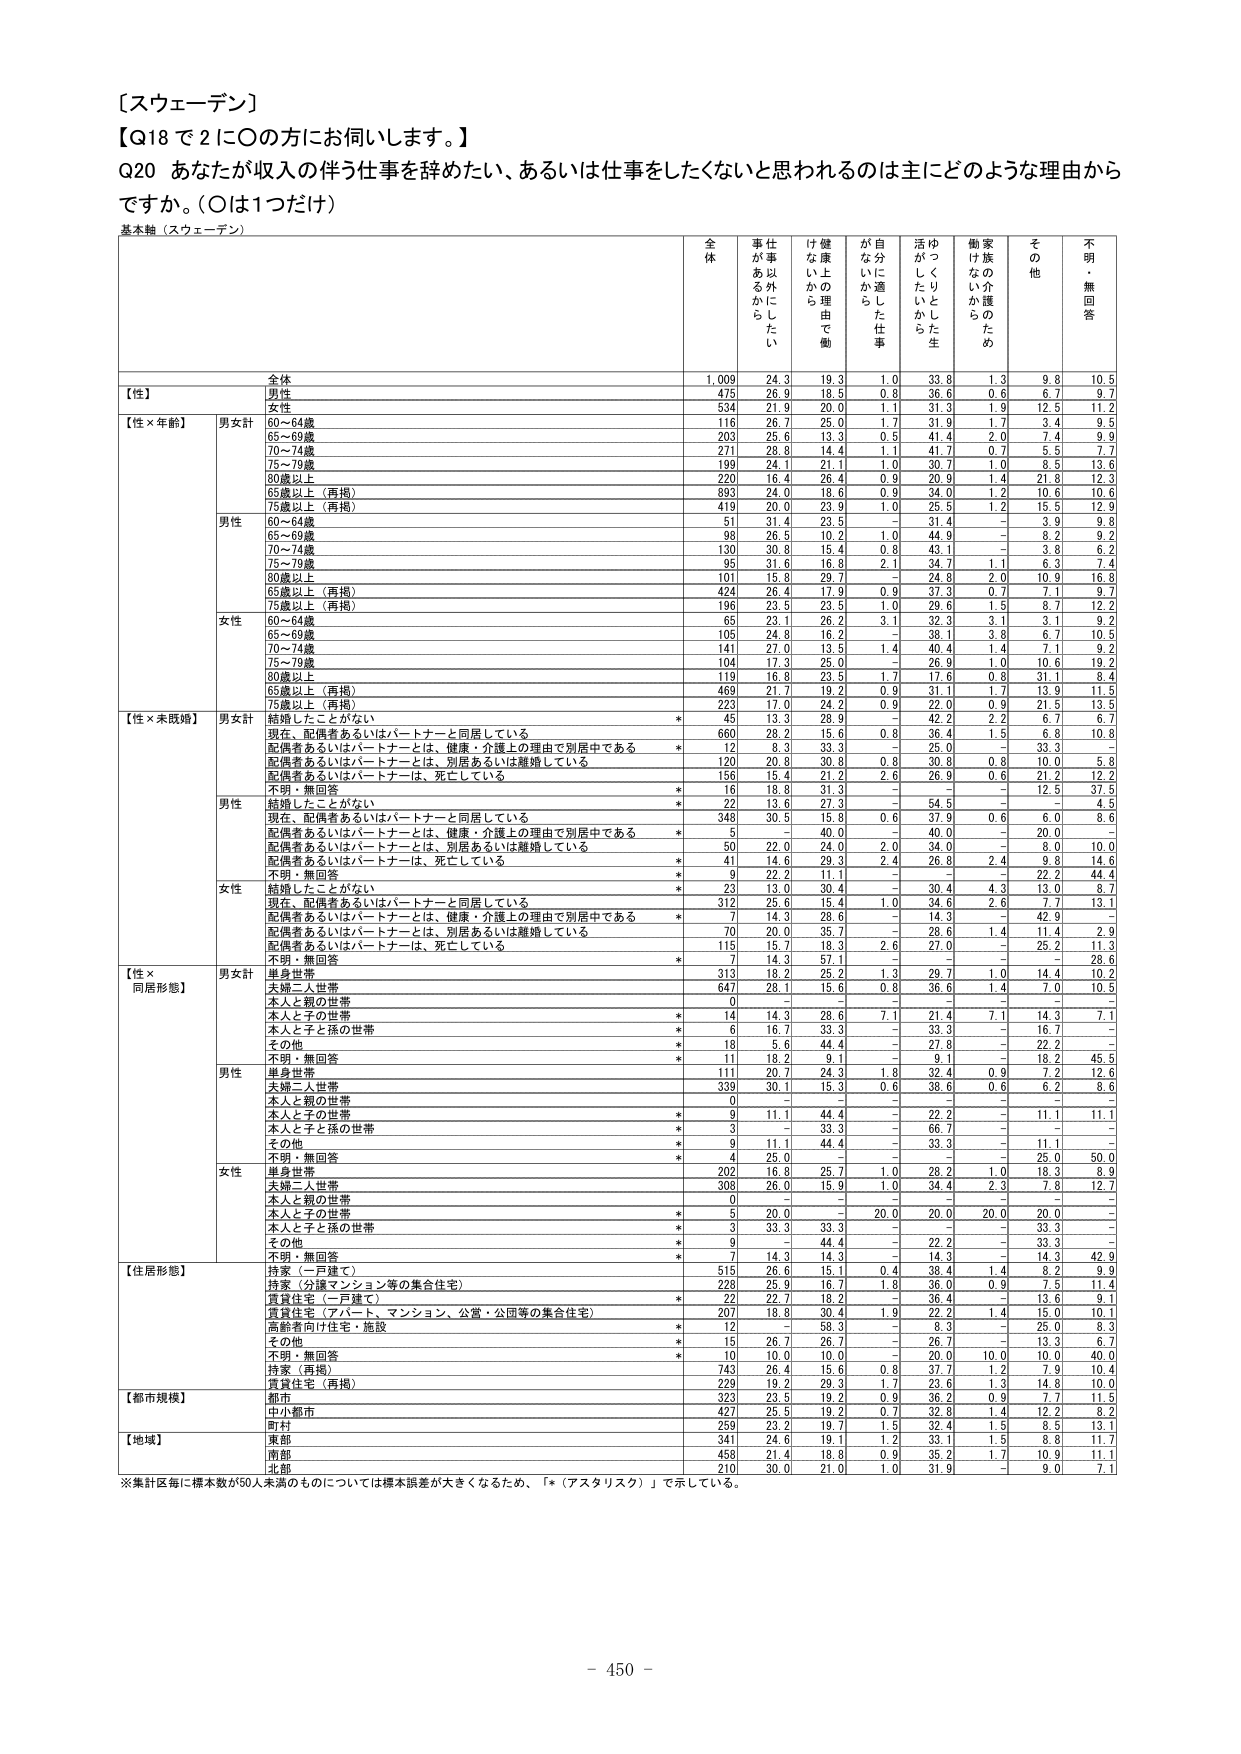
〔スウェーデン〕
【Q18 で 2 に〇の方にお伺いします。】
Q20 あなたが収入の伴う仕事を辞めたい、あるいは仕事をしたくないと思われるのは主にどのような理由からですか。（〇は1つだけ）
基本軸（スウェーデン）

全体 仕事以外にしたい け健康上の理由で働 自分に適した仕事 活動がしたいから ゆっくりとしたい生 働家族の介護のため その他 不明・無回答
全体 1,009 24.3 19.3 1.0 33.8 1.3 9.8 10.5
【性】
男性 475 26.9 18.5 0.8 36.6 0.6 6.7 9.7
女性 534 21.9 20.0 1.1 31.3 1.9 12.5 11.2
【性×年齢】
男女計
60～64歳 116 26.7 25.0 1.7 31.9 1.7 3.4 9.5
65～69歳 203 25.6 13.3 0.5 41.4 2.0 7.4 9.9
70～74歳 271 28.8 14.4 1.1 41.7 0.7 5.5 7.7
75～79歳 199 24.1 21.1 1.0 30.7 1.0 8.5 13.6
80歳以上 220 16.4 26.4 0.9 20.9 1.4 21.8 12.3
65歳以上（再掲） 893 24.0 18.6 0.9 34.0 1.2 10.6 10.6
75歳以上（再掲） 419 20.0 23.9 1.0 25.5 1.2 15.5 12.9
男性
60～64歳 51 31.4 23.5 - 31.4 - 3.9 9.8
65～69歳 98 26.5 10.2 1.0 44.9 - 8.2 9.2
70～74歳 130 30.8 15.4 0.8 43.1 - 3.8 6.2
75～79歳 95 31.6 16.8 2.1 34.7 1.1 6.3 7.4
80歳以上 101 15.8 29.7 - 24.8 2.0 10.9 16.8
65歳以上（再掲） 424 26.4 17.9 0.9 37.3 0.7 7.1 9.7
75歳以上（再掲） 196 23.5 23.5 1.0 29.6 1.5 6.8 12.2
女性
60～64歳 65 23.1 26.2 3.1 32.3 3.1 3.1 9.2
65～69歳 105 24.8 16.2 - 38.1 3.8 6.7 10.5
70～74歳 141 27.0 13.5 1.4 40.4 1.4 7.1 9.2
75～79歳 104 17.3 25.0 - 26.9 1.0 10.6 19.2
80歳以上 119 16.8 23.5 1.7 17.6 0.8 31.1 8.4
65歳以上（再掲） 469 21.7 19.2 0.9 31.1 1.7 13.9 11.5
75歳以上（再掲） 223 17.0 24.2 0.9 22.0 0.9 21.5 13.5
【性×未既婚】
男女計
結婚したことがない * 45 13.3 26.9 - 42.2 2.2 6.7 6.7
現在、配偶者あるいはパートナーと同居している 660 28.2 15.6 0.8 36.4 1.5 3.3 10.8
配偶者あるいはパートナーとは、健康・介護上の理由で別居中である * 12 8.3 33.3 - 25.0 - 33.3 -
配偶者あるいはパートナーとは、別居あるいは離婚している 120 20.8 30.8 0.8 30.8 0.8 10.0 5.8
配偶者あるいはパートナーは、死亡している 156 15.4 21.2 2.6 26.9 0.6 21.2 12.2
不明・無回答 * 16 18.8 31.3 - - - 12.5 37.5
男性
結婚したことがない * 22 13.6 27.3 - 54.5 - - 4.5
現在、配偶者あるいはパートナーと同居している 348 30.5 15.8 0.6 37.9 0.6 6.0 8.6
配偶者あるいはパートナーとは、健康・介護上の理由で別居中である * 5 - 40.0 - 40.0 - 20.0 -
配偶者あるいはパートナーとは、別居あるいは離婚している * 50 22.0 24.0 2.0 34.0 - 8.0 10.0
配偶者あるいはパートナーは、死亡している * 41 14.6 29.3 2.4 26.8 2.4 9.8 14.6
不明・無回答 * 9 22.2 11.1 - - - 22.2 44.4
女性
結婚したことがない * 23 13.0 30.4 - 30.4 4.3 13.0 8.7
現在、配偶者あるいはパートナーと同居している 312 25.6 15.4 1.0 34.6 2.6 7.7 13.1
配偶者あるいはパートナーとは、健康・介護上の理由で別居中である * 7 14.3 26.6 - 14.3 - 42.9 -
配偶者あるいはパートナーとは、別居あるいは離婚している 70 20.0 35.7 - 26.6 1.4 11.4 2.9
配偶者あるいはパートナーは、死亡している 115 15.7 18.3 2.6 27.0 - 25.2 11.3
不明・無回答 * 7 14.3 57.1 - - - - 28.6
【性×同居形態】
男女計
単身世帯 313 18.2 25.2 1.3 29.7 1.0 14.4 10.2
夫婦二人世帯 647 28.1 15.6 0.8 36.6 1.4 7.0 10.5
本人と親の世帯 0 - - - - - - -
本人と子の世帯 * 14 14.3 26.6 7.1 21.4 7.1 14.3 7.1
本人と子と孫の世帯 * 6 16.7 33.3 - 33.3 - 16.7 -
その他 * 18 5.6 44.4 - 27.8 - 22.2 -
不明・無回答 * 11 18.2 9.1 - 9.1 - 18.2 45.5
男性
単身世帯 111 20.7 24.3 1.8 32.4 0.9 7.2 12.6
夫婦二人世帯 339 30.1 15.3 0.6 38.6 0.6 6.2 8.6
本人と親の世帯 0 - - - - - - -
本人と子の世帯 * 9 11.1 44.4 - 22.2 - 11.1 11.1
本人と子と孫の世帯 * 3 - 33.3 - 66.7 - - -
その他 * 9 11.1 44.4 - 33.3 - 11.1 -
不明・無回答 * 4 25.0 - - - - 25.0 50.0
女性
単身世帯 202 16.8 26.7 1.0 28.2 1.0 18.3 8.9
夫婦二人世帯 308 26.0 15.9 1.0 34.4 2.3 7.8 12.7
本人と親の世帯 0 - - - - - - -
本人と子の世帯 * 5 20.0 - 20.0 20.0 20.0 - -
本人と子と孫の世帯 * 3 33.3 33.3 - - - 33.3 -
その他 * 9 - 44.4 - 22.2 - 33.3 -
不明・無回答 * 7 14.3 14.3 - 14.3 - 14.3 42.9
【住居形態】
持家（一戸建て） 515 26.6 15.1 0.4 38.4 1.4 8.2 9.9
持家（分譲マンション等の集合住宅） 228 25.9 16.7 1.8 36.0 0.9 7.5 11.4
賃貸住宅（一戸建て） * 22 22.7 18.2 - 36.4 - 13.6 9.1
賃貸住宅（アパート、マンション、公営・公団等の集合住宅） 207 18.8 30.4 1.9 22.2 1.4 15.0 10.1
高齢者向け住宅・施設 * 12 - 58.3 - 8.3 - 25.0 8.3
その他 * 15 26.7 26.7 - 26.7 - 13.3 6.7
不明・無回答 * 10 10.0 10.0 - 20.0 10.0 10.0 40.0
持家（再掲） 743 26.1 15.6 0.8 37.7 1.2 7.9 10.4
賃貸住宅（再掲） 229 19.2 29.3 1.7 23.6 1.3 14.8 10.0
【都市規模】
都市 323 23.5 19.2 0.9 36.2 0.9 7.7 11.5
中小都市 427 25.5 19.2 0.7 32.8 1.4 12.2 8.2
町村 259 23.2 19.7 1.5 32.4 1.5 8.5 13.1
【地域】
東部 341 24.6 19.1 1.2 33.1 1.5 8.8 11.7
南部 458 21.4 18.8 0.9 35.2 1.7 10.9 11.1
北部 210 30.0 21.0 1.0 31.9 - 9.0 7.1
※集計区毎に標本数が50人未満のものについては標本誤差が大きくなるため、「*（アスタリスク）」で示している。
- 450 -